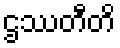
ဌဿတီတိ